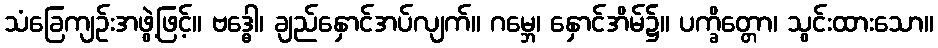
သံခြေကျဉ်းအဖွဲ့ဖြင့်။ ဗဒ္ဓေါ၊ ချည်နှောင်အပ်လျက်။ ဂမ္ဘေ၊ နှောင်အိမ်၌။ ပက္ခိတ္တော၊ သွင်းထားသော။